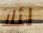
لئلا